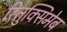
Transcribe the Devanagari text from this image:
रितुक्सिमेब